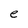
Character: e